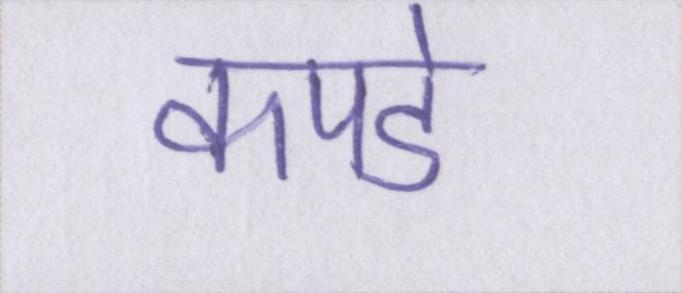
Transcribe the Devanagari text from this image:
कपडे